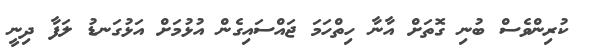
ކުރިންވެސް ބުނި ގޮތަށް އާނާ ހިތްހަމަ ޖައްސައިގެން އުޅުމަށް އަޅުގަނޑު ލަފާ ދިނީ